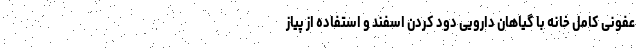
عفونی کامل خانه با گیاهان دارویی دود کردن اسفند و استفاده از پیاز